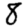
Digit: 8